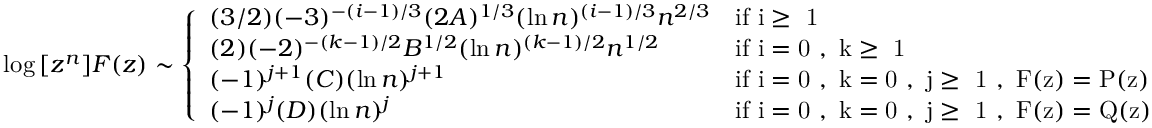
\log { [ z ^ { n } ] F ( z ) } \sim \left\{ \begin{array} { l l } { ( 3 / 2 ) ( - 3 ) ^ { - ( i - 1 ) / 3 } ( 2 A ) ^ { 1 / 3 } ( \ln { n } ) ^ { ( i - 1 ) / 3 } n ^ { 2 / 3 } } & { \mathrm { i f ~ i \geq ~ 1 ~ } } \\ { ( 2 ) ( - 2 ) ^ { - ( k - 1 ) / 2 } B ^ { 1 / 2 } ( \ln { n } ) ^ { ( k - 1 ) / 2 } n ^ { 1 / 2 } } & { \mathrm { i f ~ i = 0 ~ , ~ k \geq ~ 1 ~ } } \\ { ( - 1 ) ^ { j + 1 } ( C ) ( \ln { n } ) ^ { j + 1 } } & { \mathrm { i f ~ i = 0 ~ , ~ k = 0 ~ , ~ j \geq ~ 1 ~ , ~ F ( z ) = P ( z ) ~ } } \\ { ( - 1 ) ^ { j } ( D ) ( \ln { n } ) ^ { j } } & { \mathrm { i f ~ i = 0 ~ , ~ k = 0 ~ , ~ j \geq ~ 1 ~ , ~ F ( z ) = Q ( z ) ~ } } \end{array} \right.